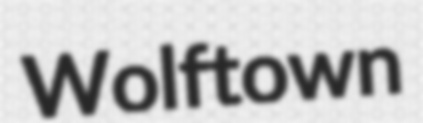
Wolftown